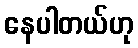
နေပါတယ်ဟု